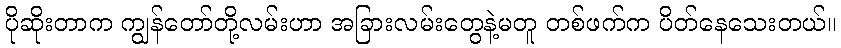
ပိုဆိုးတာက ကျွန်တော်တို့လမ်းဟာ အခြားလမ်းတွေနဲ့မတူ တစ်ဖက်က ပိတ်နေသေးတယ်။